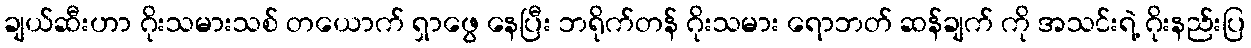
ချယ်ဆီးဟာ ဂိုးသမားသစ် တယောက် ရှာဖွေ နေပြီး ဘရိုက်တန် ဂိုးသမား ရောဘတ် ဆန်ချက် ကို အသင်းရဲ့ ဂိုးနည်းပြ